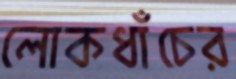
লোকধাঁচের